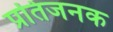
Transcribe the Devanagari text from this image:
प्रतिजनक